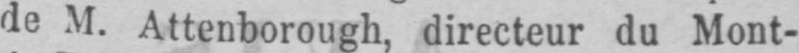
de M. Attenborough, directeur du Mont-